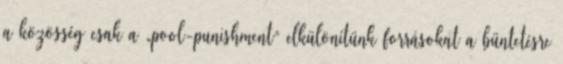
a közösség csak a „pool-punishment” elkülönítünk forrásokat a büntetésre